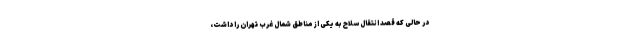
در حالی که قصد انتقال سلاح به یکی از مناطق شمال غرب تهران را داشت،